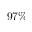
9 7 \%